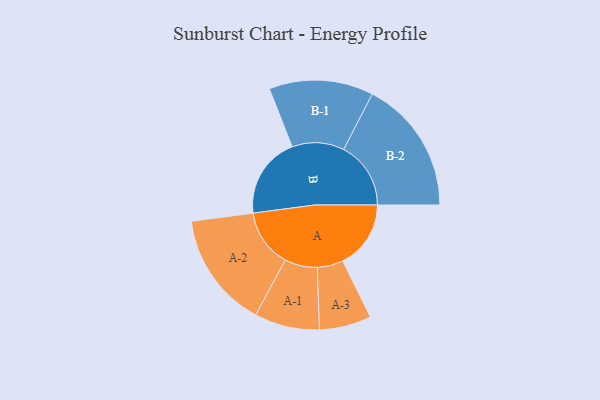
{"axis": {"x": "Segment", "y": "Value"}, "legend": ["", "A", "B"], "data": [{"x": "A", "y": 268, "type": ""}, {"x": "B", "y": 320, "type": ""}, {"x": "A-1", "y": 128, "type": "A"}, {"x": "A-2", "y": 228, "type": "A"}, {"x": "A-3", "y": 102, "type": "A"}, {"x": "B-1", "y": 205, "type": "B"}, {"x": "B-2", "y": 264, "type": "B"}]}